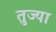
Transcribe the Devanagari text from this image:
तुज्या